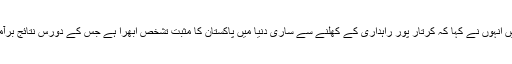
اپنے بیان میں انہوں نے کہا کہ کرتار پور راہداری کے کھلنے سے ساری دنیا میں پاکستان کا مثبت تشخص ابھرا ہے جس کے دورس نتائج برآمد ہوں گے ۔